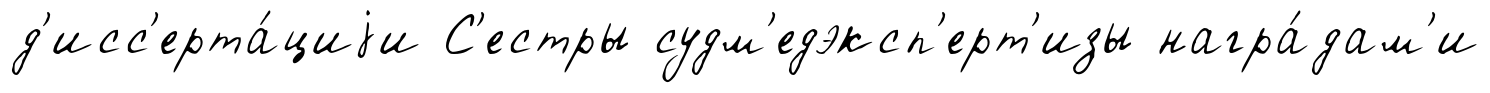
д'исс'ерта́циjи С'естры судм'едэксп'ерт'изы награ́дам'и